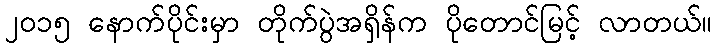
၂၀၁၅ နောက်ပိုင်းမှာ တိုက်ပွဲအရှိန်က ပိုတောင်မြင့် လာတယ်။